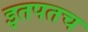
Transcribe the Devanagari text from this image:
इतपतच